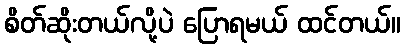
စိတ်ဆိုးတယ်လို့ပဲ ပြောရမယ် ထင်တယ်။